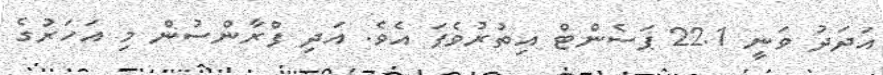
އަދަދު ވަނީ 22.1 ޕަސެންޓް އިތުރުވެފަ އެވެ. އަދި ފްރާންސުން މި އަހަރުގެ